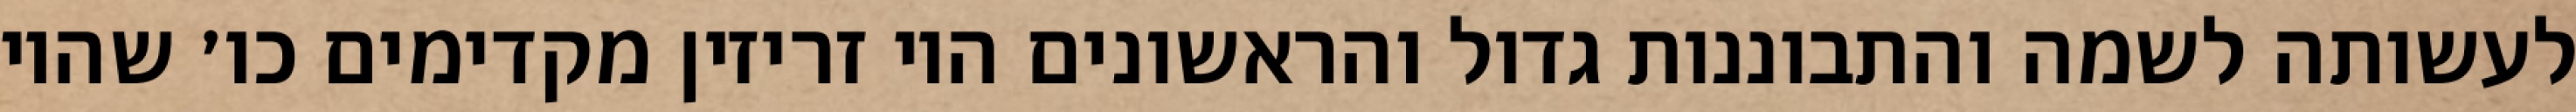
לעשותה לשמה והתבוננות גדול והראשונים היו זריזין מקדימים כו׳ שהיו